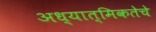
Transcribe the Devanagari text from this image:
अध्यात्मिकतेचे